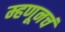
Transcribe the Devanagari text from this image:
म्हणूनचं